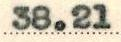
38.21